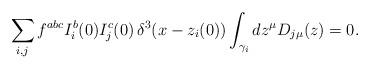
LaTeX: \begin{align*}\sum_{i,j}f^{abc}I^{b}_{i}(0)I^{c}_{j}(0)\,\delta^{3}(x-z_{i}(0))\int_{\gamma_i}dz^{\mu}D_{j\mu}(z) = 0. \end{align*}